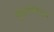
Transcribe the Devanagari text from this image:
डिंपलविरूद्ध